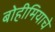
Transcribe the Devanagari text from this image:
बोहीमियाचे